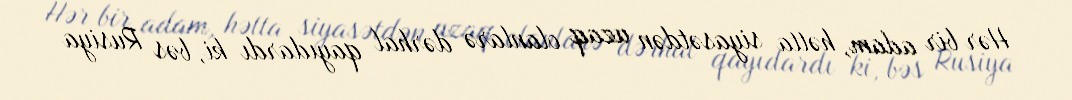
Hər bir adam, hətta siyasətdən uzaq olanlarə dərhal qayıdardı ki, bəs Rusiya